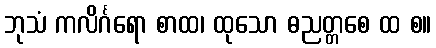
ဘုသံ ကလိင်္ဂရော စာထ၊ ထုသော ဓညတ္တစေ ထ စ။